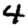
Digit: 4